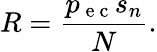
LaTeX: R=\frac{p_{\mathrm{~e~c~}}s_{n}}{N}.